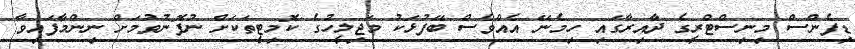
ޑިފެންސް މިނިސްޓްރީގެ ދާއިރާގައި ހިމެނޭ އެއްވެސް ބޭފުޅަކު މަޖިލީހުގެ ކޮމިޓީތަކަށް ނުފޮނުވުމަށް ނިންމާފައިވާ